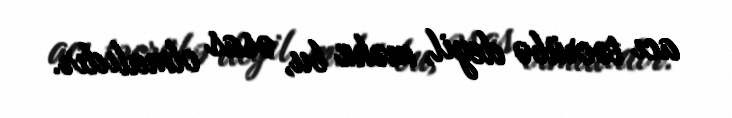
acı təcrübə deyil, məhz bu, əsas olmalıdır.